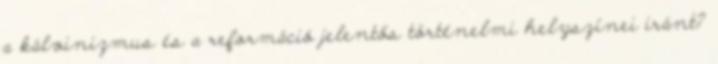
a kálvinizmus és a reformáció jelentős történelmi helyszínei iránt?